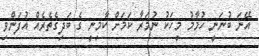
އޭނަ ބުނަނީ ހުމާމު މީހަކު ނުމަރާ ކަމަށް ކާމިނީ ގެ ބަދިގެތެރެއް އުފަންވި